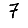
Digit: 7